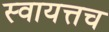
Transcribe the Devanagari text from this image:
स्वायत्तच